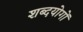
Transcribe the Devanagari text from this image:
शब्दयोगों